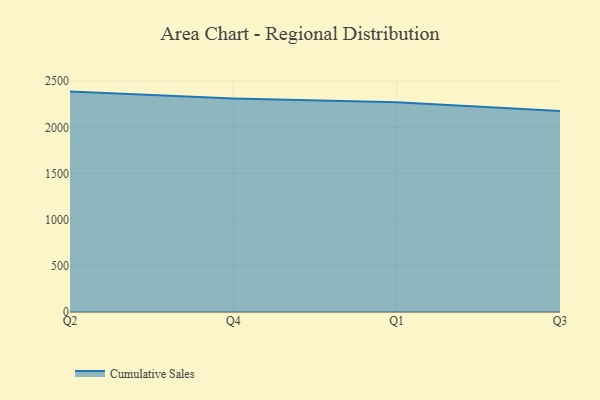
{"axis": {"x": "Quarter", "y": "Net Income (USD K)"}, "legend": ["Cumulative Sales"], "data": [{"x": "Q2", "y": 2387.8, "type": "Cumulative Sales"}, {"x": "Q4", "y": 2314.1, "type": "Cumulative Sales"}, {"x": "Q1", "y": 2271.9, "type": "Cumulative Sales"}, {"x": "Q3", "y": 2178.4, "type": "Cumulative Sales"}]}